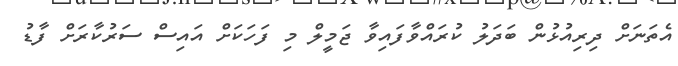
އެތަނަށް ދިރިއުޅުން ބަދަލު ކުރައްވާފައިވާ ޖަމީލް މި ފަހަކަށް އައިސް ސަރުކާރަށް ފާޑު